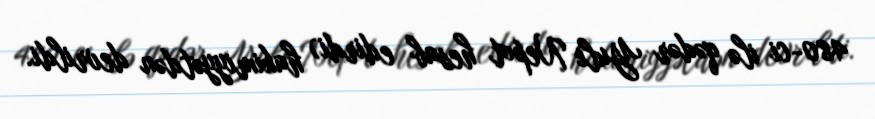
480-ci ilə qədər Yuli Nepot hesab edirdi) hakimiyyətdən devrildi.